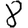
Digit: 8